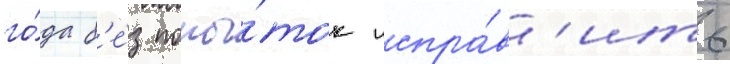
го́да б'е́з попы́ток испра́в'ить